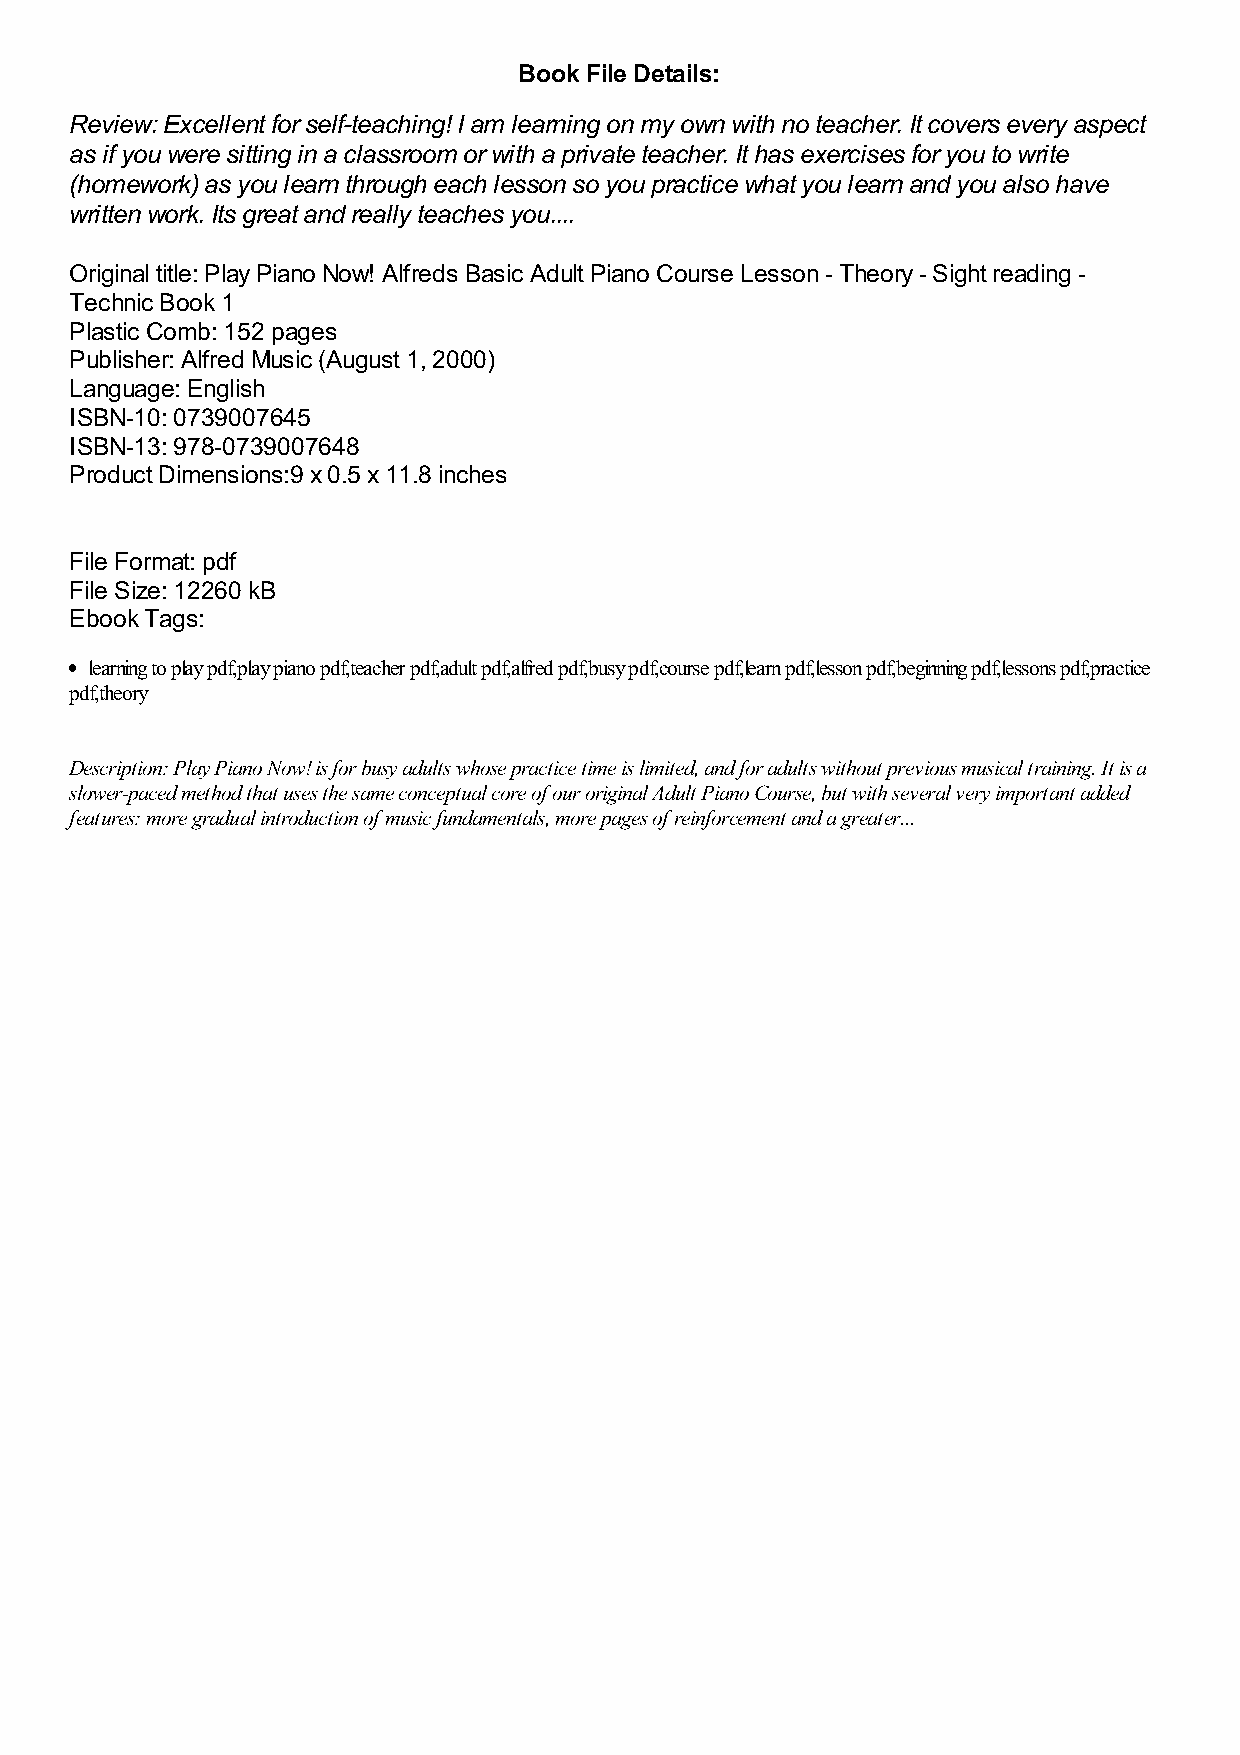
Book File Details:
 Review: Excellent for self-teaching! I am learning on my own with no teacher. It covers every aspect
 as if you were sitting in a classroom or with a private teacher. It has exercises for you to write
 (homework) as you learn through each lesson so you practice what you learn and you also have
 written work. Its great and really teaches you....
 Original title: Play Piano Now! Alfreds Basic Adult Piano Course Lesson - Theory - Sight reading -
 Technic Book 1
 Plastic Comb: 152 pages
 Publisher: Alfred Music (August 1, 2000)
 Language: English
 ISBN-10: 0739007645
 ISBN-13: 978-0739007648
 Product Dimensions:9 x 0.5 x 11.8 inches
 File Format: pdf
 File Size: 12260 kB
 Ebook Tags:
 learning to play pdf,play piano pdf,teacher pdf,adult pdf,alfred pdf,busy pdf,course pdf,learn pdf,lesson pdf,beginning pdf,lessons pdf,practice
 pdf,theory
 Description: Play Piano Now! is for busy adults whose practice time is limited, and for adults without previous musical training. It is a
 slower-paced method that uses the same conceptual core of our original Adult Piano Course, but with several very important added
 features: more gradual introduction of music fundamentals, more pages of reinforcement and a greater...